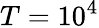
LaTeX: T=10^{4}